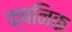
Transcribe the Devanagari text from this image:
क्षनिक